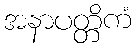
အနာပတ္တိကံ